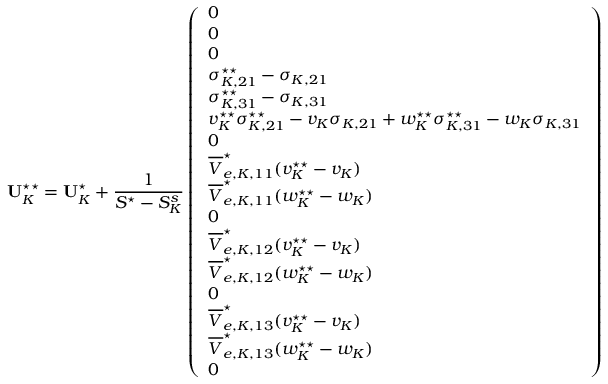
\mathbf { U } _ { K } ^ { \star \star } = \mathbf { U } _ { K } ^ { \star } + \frac { 1 } { S ^ { \star } - S _ { K } ^ { s } } \left( \begin{array} { l } { 0 } \\ { 0 } \\ { 0 } \\ { \sigma _ { K , 2 1 } ^ { \star \star } - \sigma _ { K , 2 1 } } \\ { \sigma _ { K , 3 1 } ^ { \star \star } - \sigma _ { K , 3 1 } } \\ { v _ { K } ^ { \star \star } \sigma _ { K , 2 1 } ^ { \star \star } - v _ { K } \sigma _ { K , 2 1 } + w _ { K } ^ { \star \star } \sigma _ { K , 3 1 } ^ { \star \star } - w _ { K } \sigma _ { K , 3 1 } } \\ { 0 } \\ { \overline { { V } } _ { e , K , 1 1 } ^ { \star } ( v _ { K } ^ { \star \star } - v _ { K } ) } \\ { \overline { { V } } _ { e , K , 1 1 } ^ { \star } ( w _ { K } ^ { \star \star } - w _ { K } ) } \\ { 0 } \\ { \overline { { V } } _ { e , K , 1 2 } ^ { \star } ( v _ { K } ^ { \star \star } - v _ { K } ) } \\ { \overline { { V } } _ { e , K , 1 2 } ^ { \star } ( w _ { K } ^ { \star \star } - w _ { K } ) } \\ { 0 } \\ { \overline { { V } } _ { e , K , 1 3 } ^ { \star } ( v _ { K } ^ { \star \star } - v _ { K } ) } \\ { \overline { { V } } _ { e , K , 1 3 } ^ { \star } ( w _ { K } ^ { \star \star } - w _ { K } ) } \\ { 0 } \end{array} \right)